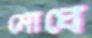
মোঘে